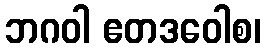
ဘဂဝါ ဧတဒဝေါစ၊